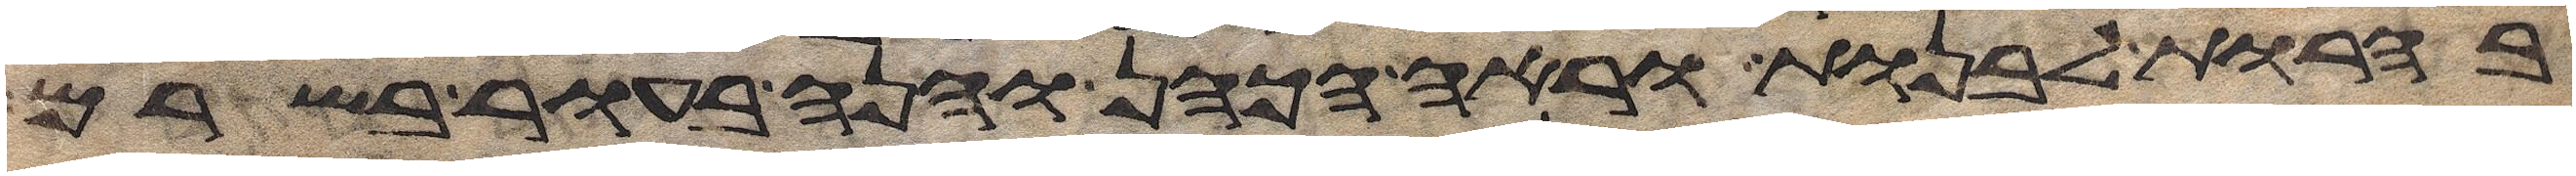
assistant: בהרות לבנות וראה הכהן והנה בעור בשרם